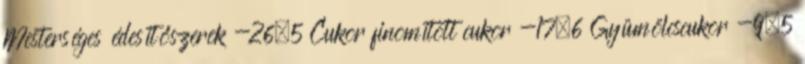
Mesterséges édesítőszerek -26,5 Cukor finomított cukor -17,6 Gyümölcscukor -9,5